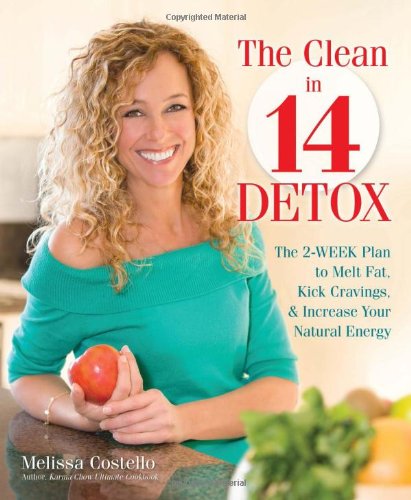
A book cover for The Clean in 14 Detox: The 2-Week Plan to Melt Fat, Kick Cravings, and Increase Your Natural Energy; Melissa Costello; Health, Fitness & Dieting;